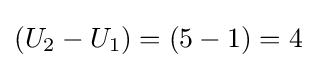
\left(U_{2}-U_{1}\right)=\left(5-1\right)=4